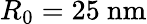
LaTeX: R_{0}=25~\mathrm{nm}